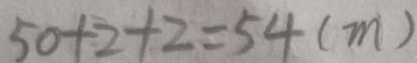
5 0 + 2 + 2 = 5 4 ( m )